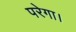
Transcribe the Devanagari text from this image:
परेगा।